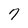
Character: 7